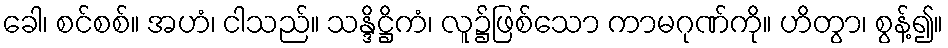
ခေါ၊ စင်စစ်။ အဟံ၊ ငါသည်။ သန္ဒိဋ္ဌိကံ၊ လူ၌ဖြစ်သော ကာမဂုဏ်ကို။ ဟိတွာ၊ စွန့်၍။